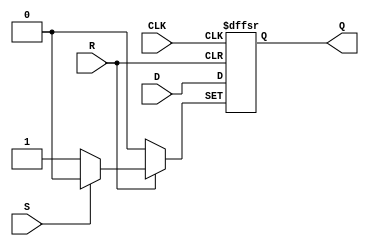
module d_flip_flop (
    input wire D,
    input wire CLK,
    input wire R,
    input wire S,
    output reg Q
);

always @(posedge CLK or negedge R or negedge S) begin
    if (R == 0) begin
        Q <= 0;
    end else if (S == 0) begin
        Q <= 1;
    end else begin
        Q <= D;
    end
end

endmodule